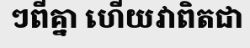
ៗពីគ្នា ហើយវាពិតជា